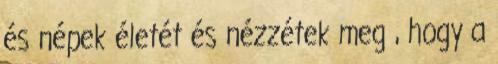
és népek életét és nézzétek meg , hogy a